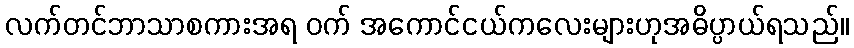
လက်တင်ဘာသာစကားအရ ဝက် အကောင်ငယ်ကလေးများဟုအဓိပ္ပာယ်ရသည်။